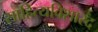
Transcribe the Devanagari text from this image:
साहित्यविशारद